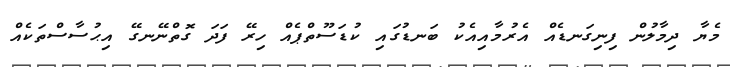
މެޔާ ދިމާލުން ފިނިގަނޑެއް އެރުމާއިއެކު ބަނޑުގައި ކުޑަސޫތްޕެއް ހިރޭ ފަދަ ގޮތްނޭނގޭ އިޙުސާސްތަކެއް